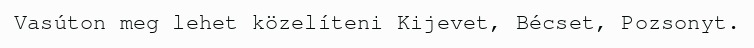
Vasúton meg lehet közelíteni Kijevet, Bécset, Pozsonyt.